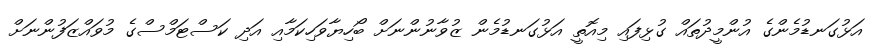
އަޅުގަނޑުމެންގެ އުންމީދުތައް ގުޅިފައި މިއޮތީ އަޅުގަނޑުމެން ޒުވާނުންނަށް ބޯހިޔާވަހިކަމާއި އަދި ކަސްޓަމްސްގެ މުވައްޒަފުންނަށް